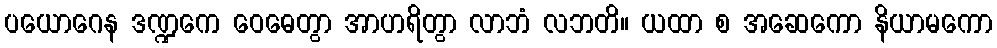
ပယောဂေန ဒဏ္ဍကေ ဝေဓေတွာ အာဟရိတွာ လာဘံ လဘတိ။ ယထာ စ အဆေကော နိယာမကော